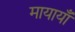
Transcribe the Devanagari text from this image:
मायायाँ